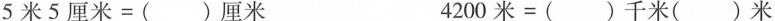
5米5厘米=( )厘米 4200米=( )千米( )米